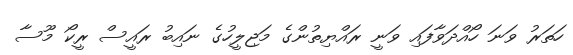
ހަތަރު ވަނަ ހޯއްދަވާފައި ވަނީ ރައްޔިތުންގެ މަޖިލީހުގެ ނައިބު ރައީސް ރީކޯ މޫސާ